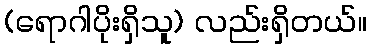
(ရောဂါပိုးရှိသူ) လည်းရှိတယ်။